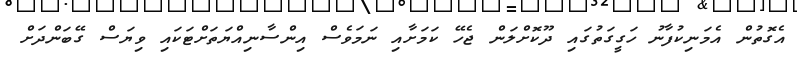
އެގޮތުން އެމަނިކުފާނު ހަގީގަތުގައި ދޫކޮށްލަން ޖެހޭ ކަމަށާއި ނަމަވެސް އިންސާނިއްޔަތަށްޓަކައި ވިޔަސް ގޭބަންދަށް